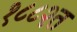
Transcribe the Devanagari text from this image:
१८८२त